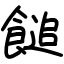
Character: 䭔